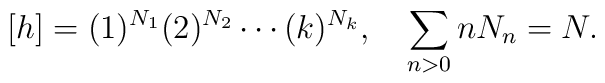
[h]=(1)^{N_1}(2)^{N_2}\cdots (k)^{N_k},\quad\sum_{n>0} n N_n = N.